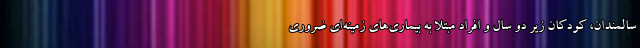
سالمندان، کودکان زیر دو سال و افراد مبتلا به بیماری‌های زمینه‌ای ضروری